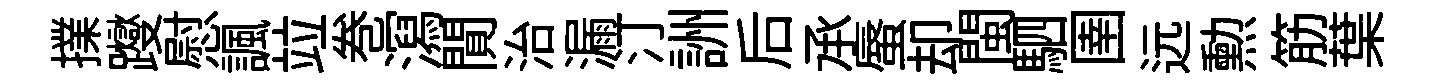
擈躞慰諷竝巻㵼閴治漏汀詶后𠄘蜃却閩駟圉远勲筋葉